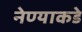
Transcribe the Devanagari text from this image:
नेण्याकडे